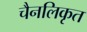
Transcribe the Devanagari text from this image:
चैनलिकृत